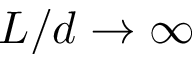
L / d \to \infty